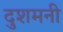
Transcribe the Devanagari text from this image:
दुशमनी